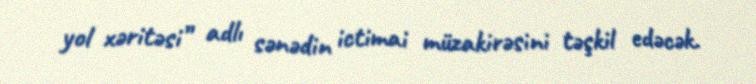
yol xəritəsi” adlı sənədin ictimai müzakirəsini təşkil edəcək.